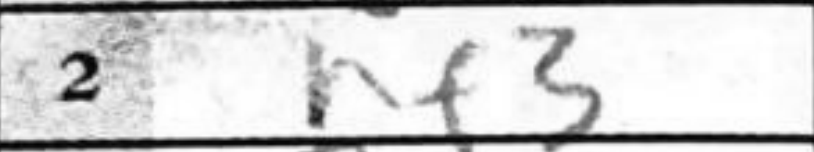
Transcription: hf3